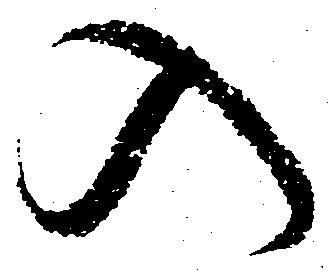
入